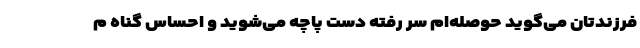
فرزندتان می‌گوید حوصله‌ام سر رفته دست پاچه می‌شوید و احساس گناه م